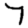
Digit: 7